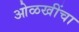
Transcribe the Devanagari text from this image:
ओळखींचा